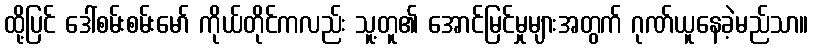
ထို့ပြင် ဒေါ်စမ်းစမ်းမော် ကိုယ်တိုင်ကလည်း သူ့တူ၏ အောင်မြင်မှုများအတွက် ဂုဏ်ယူနေခဲ့မည်သာ။